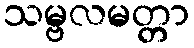
သမ္ဗလမတ္တာ